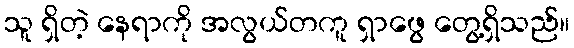
သူ ရှိတဲ့ နေရာကို အလွယ်တကူ ရှာဖွေ တွေ့ရှိသည်။